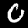
Digit: 0